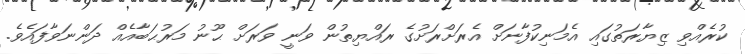
ކުރެއްވި ޒިޔާރަތުގައި އެމަނިކުފާނަށް އެރަށްރަށުގެ ރައްޔިތުން ވަނީ ވަރަށް ޙޫނު މަރުޙަބާއެއް ދަންނަވާފައެވެ.